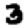
Digit: 3